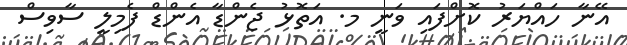
އޭނާ ހައްޔަރު ކޮށްފައި ވަނީ މ. އަތޮޅު ޖެންޑާ އެންޑް ފެމިލީ ސާވިސް